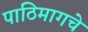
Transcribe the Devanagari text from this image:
पाठिमागचे